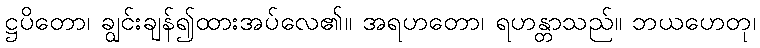
ဋ္ဌပိတော၊ ချွင်းချန်၍ထားအပ်လေ၏။ အရဟတော၊ ရဟန္တာသည်။ ဘယဟေတု၊